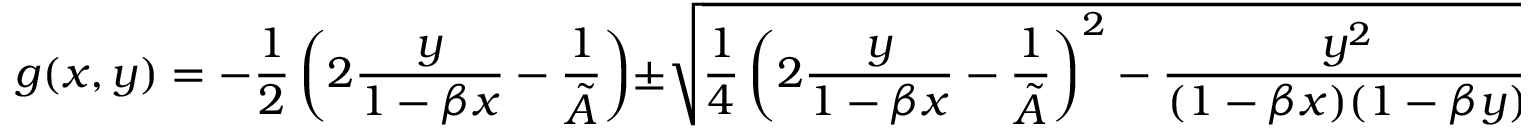
g ( x , y ) = - \frac { 1 } { 2 } \left( 2 \frac { y } { 1 - \beta x } - \frac { 1 } { \tilde { A } } \right) \pm \sqrt { \frac { 1 } { 4 } \left( 2 \frac { y } { 1 - \beta x } - \frac { 1 } { \tilde { A } } \right) ^ { 2 } - \frac { y ^ { 2 } } { ( 1 - \beta x ) ( 1 - \beta y ) } } .